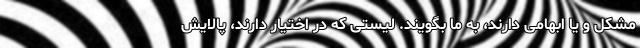
مشکل و یا ابهامی دارند، به ما بگویند. لیستی که در اختیار دارند، پالایش